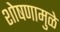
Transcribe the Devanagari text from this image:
शोषणामुळे